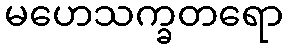
မဟေသက္ခတရော